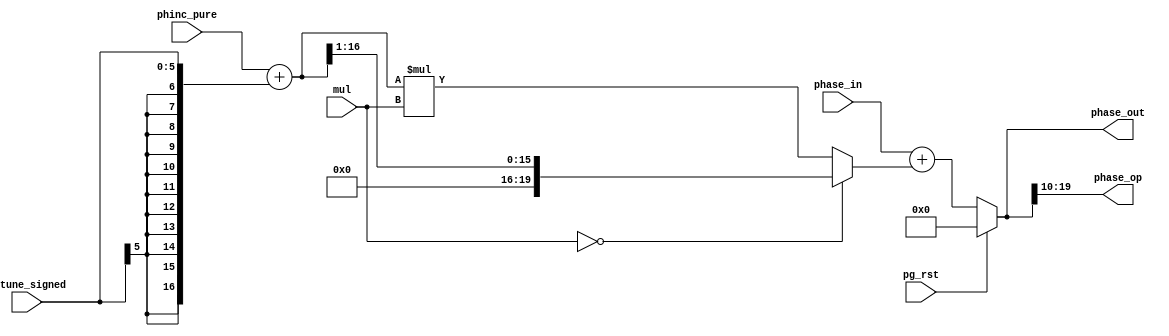
module jt12_pg_sum (
    input       [ 3:0]  mul,        
    input       [19:0]  phase_in,
    input               pg_rst,
    input signed [5:0]  detune_signed,
    input       [16:0]  phinc_pure,

    output reg  [19:0]  phase_out,
    output reg  [ 9:0]  phase_op
);

reg [16:0] phinc_premul; 
reg [19:0] phinc_mul;

always @(*) begin
    phinc_premul = phinc_pure + {{11{detune_signed[5]}},detune_signed};
    phinc_mul    = ( mul==4'd0 ) ? {4'b0,phinc_premul[16:1]} : ({3'd0,phinc_premul} * mul);
    
    phase_out   = pg_rst ? 20'd0 : (phase_in + { phinc_mul});
    phase_op    = phase_out[19:10];
end

endmodule